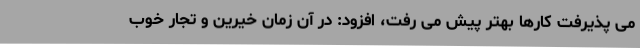
می پذیرفت کارها بهتر پیش می رفت، افزود: در آن زمان خیرین و تجار خوب